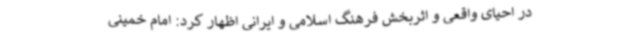
در احیای واقعی و اثربخش فرهنگ اسلامی و ایرانی اظهار کرد: امام خمینی